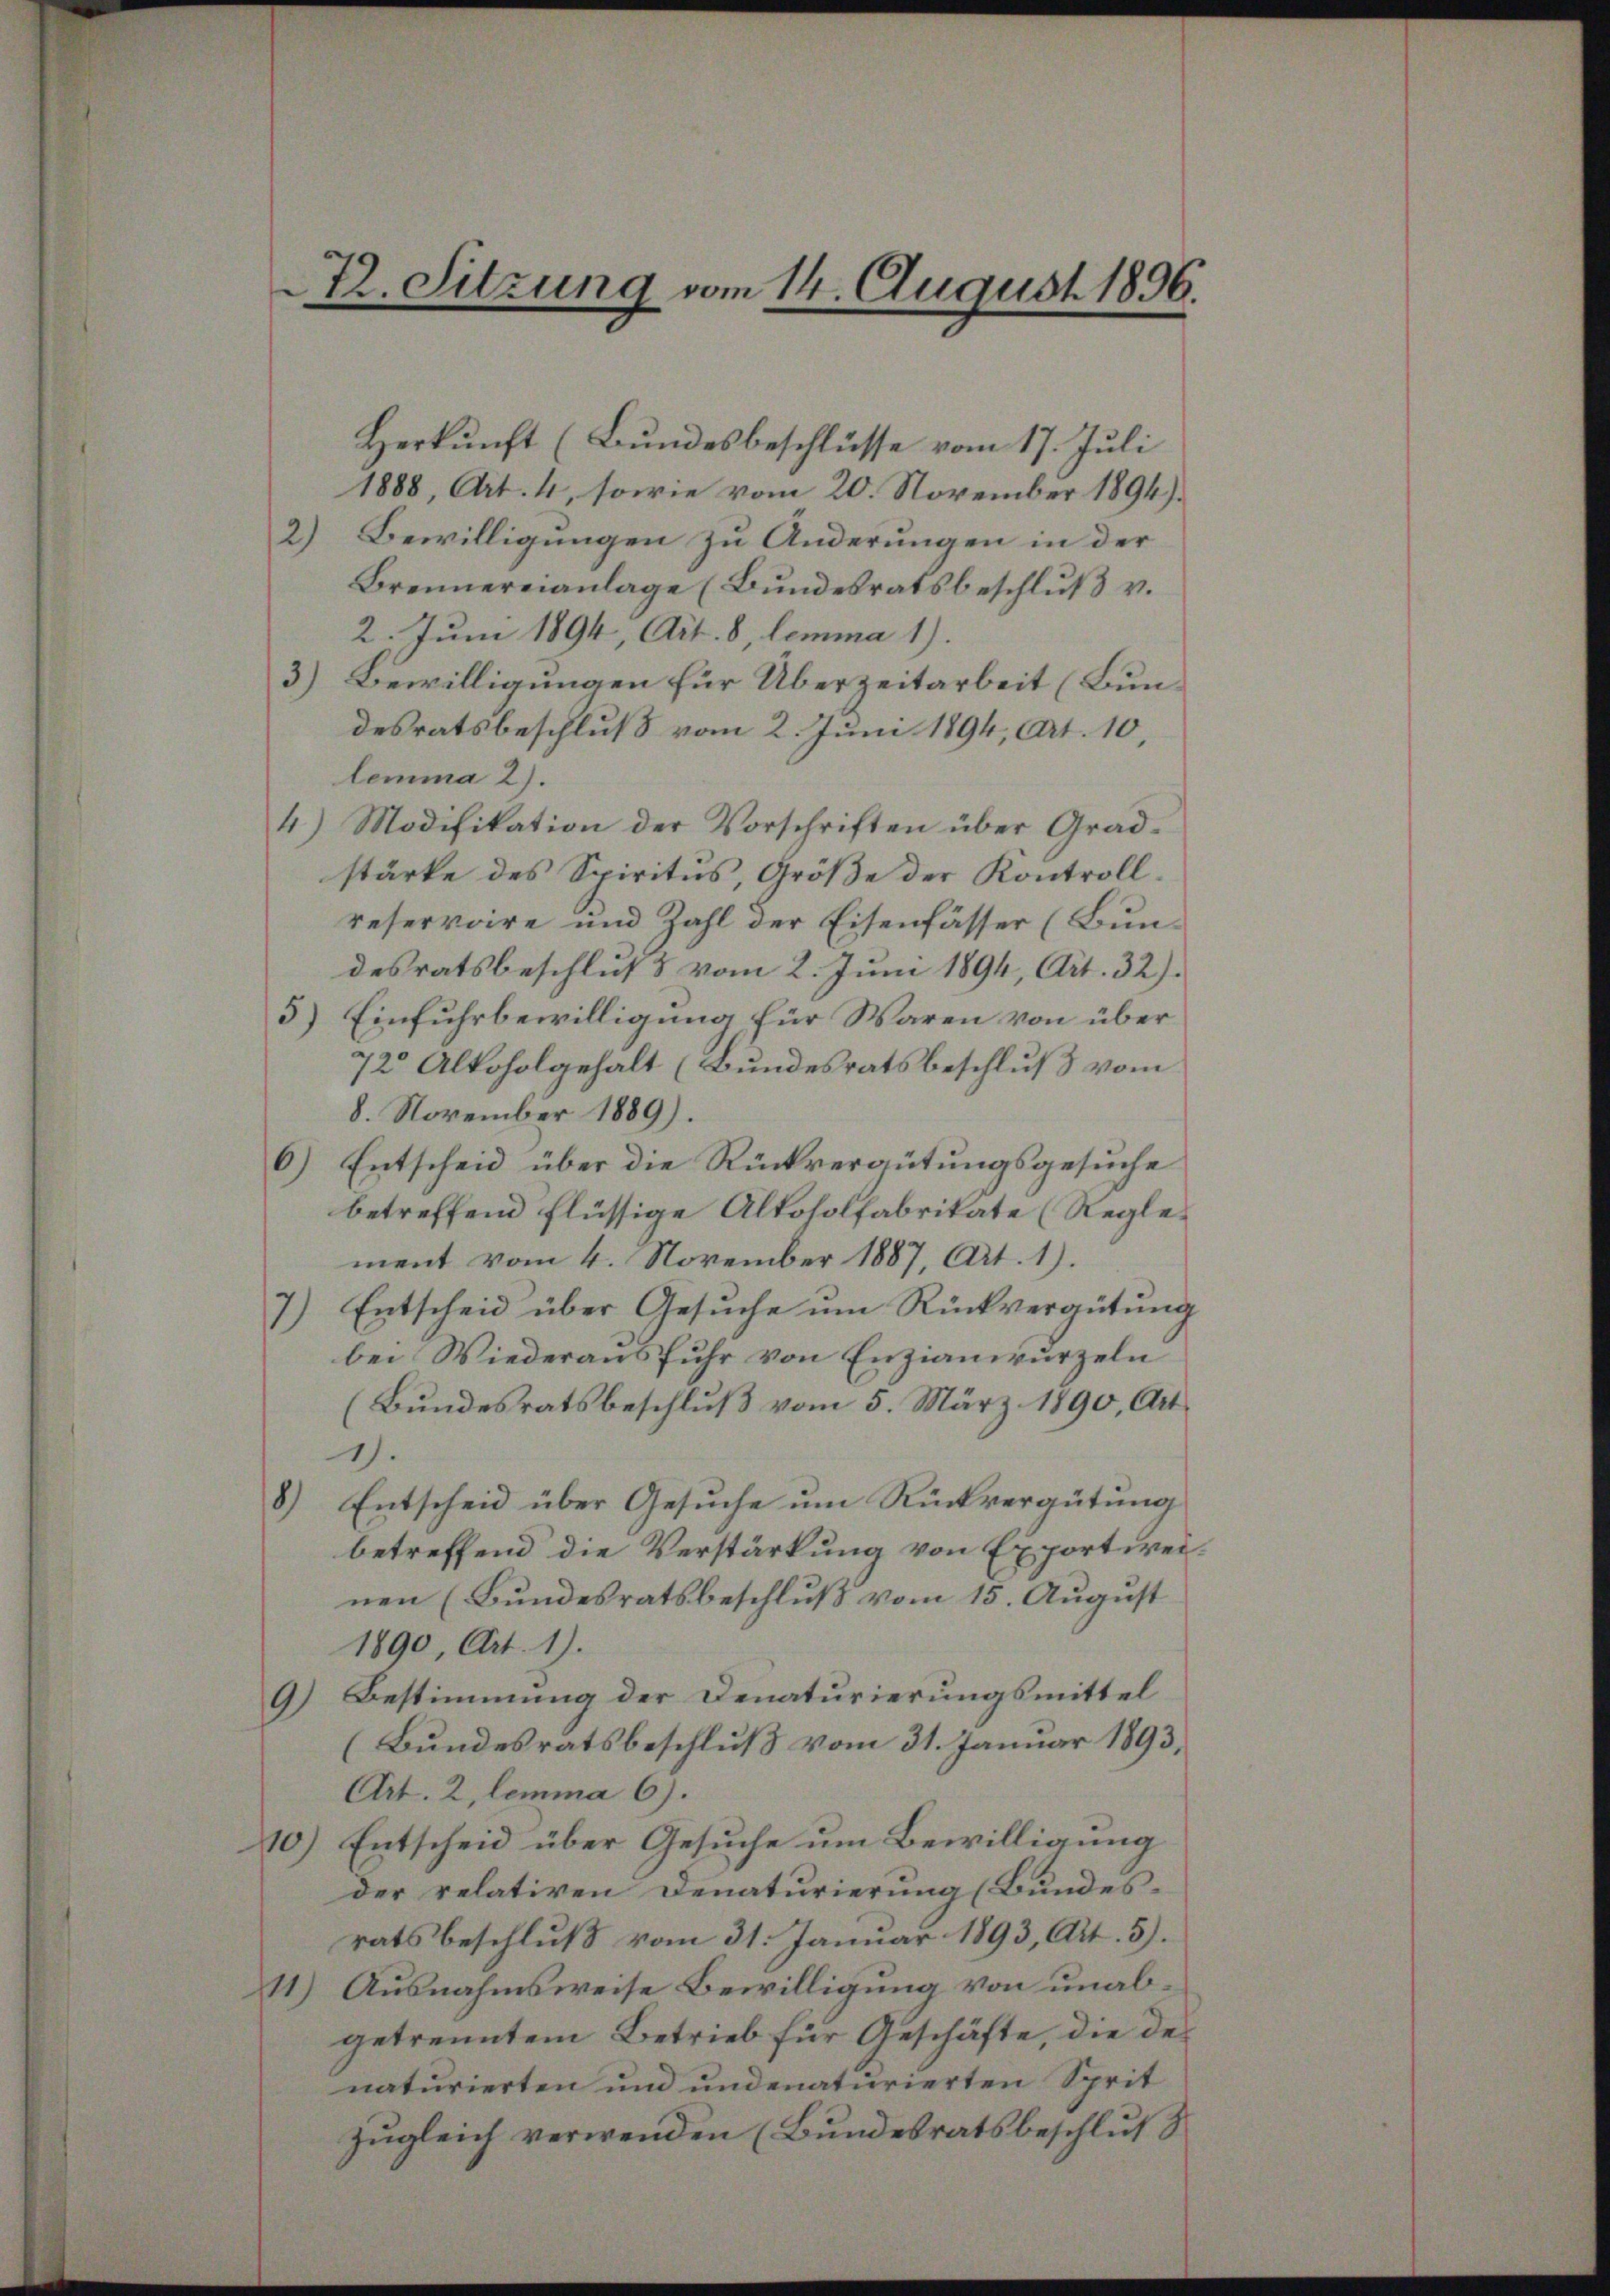
Z. Sitzung vom 14. August 1896.

Herkunft (Bundesbeschlüsse vom 17. Juli
1888, Art. 4, sowie vom 20. November 1894)
2) Bewilligungen zu Änderungen in der
Brennereianlage (Bundesratsbeschluß v.
2. Juni 1894, Art. 8, lemma 1).
3.) Bewilligungen für Überzeitarbeit (Bundesratsbeschluß vom 2. Juni 1894, Art. 10,
lemma 2).
4) Modifikation der Vorschriften über Gradstärke des Spiritus, Größe der Kontrollreservoire und Zahl der Eisenfässer (Bundesratsbeschluß vom 2. Juni 1894, Art. 32).
5) Einfuhrbewilligung für Waren von über¬
72 Alkoholgehalt (Bundesratsbeschluß vom
8. November 1889).
6) Entscheid über die Rückvergütungsgesuche
betreffend flüssige Alkoholfabrikate (Reglement vom 4. November 1887, Art. 1).
7) Entscheid über Gesŭche ŭm Rückvergütung
bei Wiederausfuhr von Enzianiurzeln
(Bundesratsbeschluß vom 5. März 1890, Art.
1).
8)
Entscheid über Gesuche um Rückvergütung
betreffend die Verstärkung von Exportweinen (Bundesratsbeschluß vom 15. August
1890, Art. 1).
9) Bestimmung der Denaturierungsmittel
(Bundesratsbeschluß vom 31. Januar 1893,
Art. 2, lemma 6).
10) Entscheid über Gesuche um Bewilligung
der relativen Denaturierung (Bundes-
ratsbeschluß vom 31. Januar 1893, Art. 3).
11.) Ausnahmsweise Bewilligung von unabgetrenntem Betrieb für Geschäfte, die des
naturierten und undenaturierten Sprit
zugleich verwenden (Bundesratsbeschluß